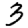
Digit: 3